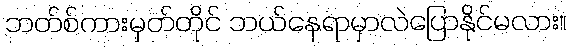
ဘတ်စ်ကားမှတ်တိုင် ဘယ်နေရာမှာလဲပြောနိုင်မလား။